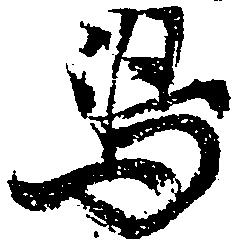
嶋